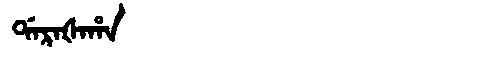
Manchu: ᡩᠠᡵᠠᡧᠠᡥᠠ
Romanization: DARAŠAHA